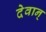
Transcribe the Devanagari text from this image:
देवान्